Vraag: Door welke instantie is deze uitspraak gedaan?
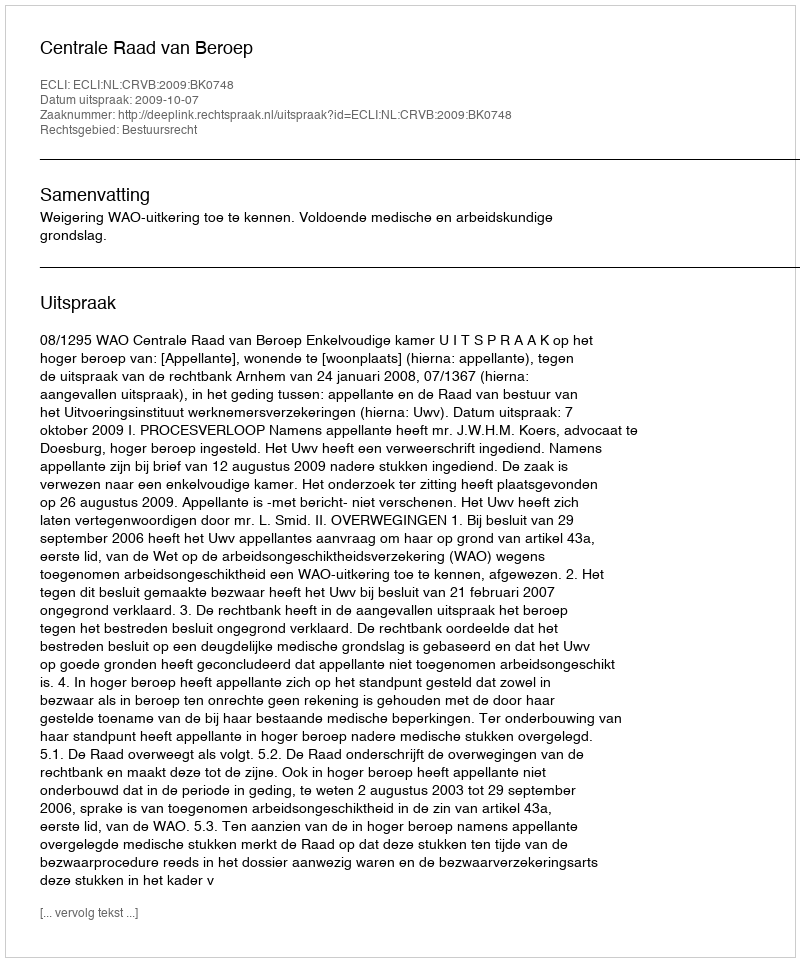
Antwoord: Centrale Raad van Beroep